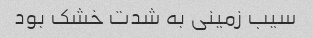
سیب زمینی به شدت خشک بود